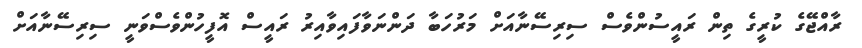
ރާއްޖޭގެ ކުރީގެ ތިން ރައީސުންވެސް ސިރިސޭނާއަށް މަރުހަބާ ދަންނަވާފައިވާއިރު ރައީސް އޮފީހުންވެސްވަނީ ސިރިސޭނާއަށް